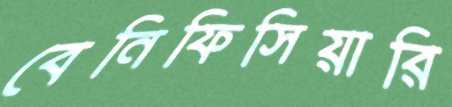
বেনিফিসিয়ারি